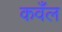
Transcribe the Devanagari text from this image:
कवँल